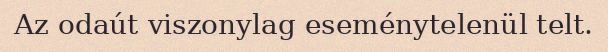
Az odaút viszonylag eseménytelenül telt.